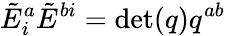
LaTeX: {\tilde{E}}_{i}^{a}{\tilde{E}}^{bi}=\operatorname*{det}(q)q^{ab}